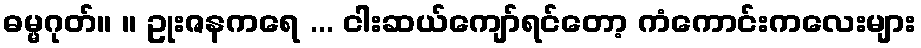
ဓမ္မဂုတ်။ ။ ဥုးဇနကရေ ... ငါးဆယ်ကျော်ရင်တော့ ကံကောင်းကလေးများ